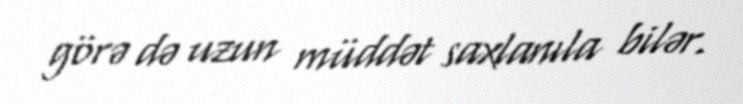
görə də uzun müddət saxlanıla bilər.